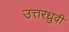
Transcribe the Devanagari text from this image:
उत्तरध्रुवी